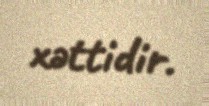
xəttidir.